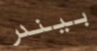
بيندر